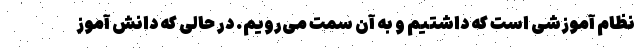
نظام آموزشی است که داشتیم و به آن سمت می‌رویم. در حالی که دانش آموز